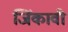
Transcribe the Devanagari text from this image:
जिंकावी